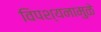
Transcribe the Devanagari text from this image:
विपश्यनामुळे